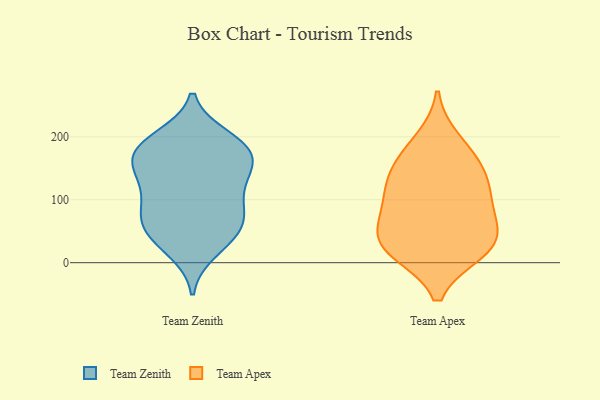
{"axis": {"x": "Population (Million)", "y": "Value"}, "legend": ["Team Apex", "Team Zenith"], "data": [{"x": "", "y": 200, "type": "Team Zenith"}, {"x": "", "y": 198, "type": "Team Zenith"}, {"x": "", "y": 160, "type": "Team Zenith"}, {"x": "", "y": 64, "type": "Team Zenith"}, {"x": "", "y": 44, "type": "Team Zenith"}, {"x": "", "y": 135, "type": "Team Zenith"}, {"x": "", "y": 68, "type": "Team Zenith"}, {"x": "", "y": 163, "type": "Team Zenith"}, {"x": "", "y": 178, "type": "Team Zenith"}, {"x": "", "y": 75, "type": "Team Zenith"}, {"x": "", "y": 129, "type": "Team Zenith"}, {"x": "", "y": 18, "type": "Team Zenith"}, {"x": "", "y": 168, "type": "Team Zenith"}, {"x": "", "y": 105, "type": "Team Zenith"}, {"x": "", "y": 88, "type": "Team Zenith"}, {"x": "", "y": 31, "type": "Team Zenith"}, {"x": "", "y": 125, "type": "Team Zenith"}, {"x": "", "y": 170, "type": "Team Zenith"}, {"x": "", "y": 58, "type": "Team Zenith"}, {"x": "", "y": 188, "type": "Team Zenith"}, {"x": "", "y": 97, "type": "Team Apex"}, {"x": "", "y": 17, "type": "Team Apex"}, {"x": "", "y": 152, "type": "Team Apex"}, {"x": "", "y": 121, "type": "Team Apex"}, {"x": "", "y": 167, "type": "Team Apex"}, {"x": "", "y": 56, "type": "Team Apex"}, {"x": "", "y": 54, "type": "Team Apex"}, {"x": "", "y": 20, "type": "Team Apex"}, {"x": "", "y": 92, "type": "Team Apex"}, {"x": "", "y": 131, "type": "Team Apex"}, {"x": "", "y": 37, "type": "Team Apex"}, {"x": "", "y": 18, "type": "Team Apex"}, {"x": "", "y": 195, "type": "Team Apex"}]}